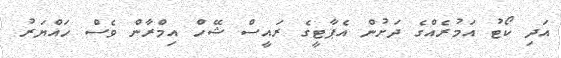
އަދި ކޯޓު އަމުރެއްގެ ދަށުން އެޕާޓީގެ ރައީސް ޝޭހް އިމްރާން ވެސް ހައްޔަރު